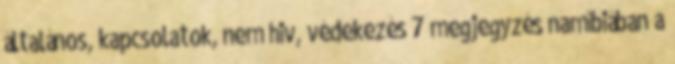
általános, kapcsolatok, nem hiv, védekezés 7 megjegyzés namíbiában a